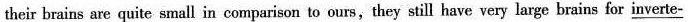
their brains are quite small in comparison to ours,they still have very large brains for \underline{inverte-